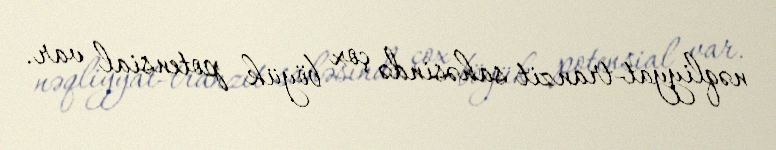
nəqliyyat-tranzit sahəsində çox böyük potensial var.